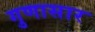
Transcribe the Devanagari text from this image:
गुणासार